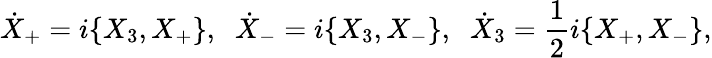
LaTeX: \dot{X}_{+}=i\{ X_{3},X_{+}\} ,\; \; \dot{X}_{-}=i\{ X_{3},X_{-}\} ,\; \; \dot{X}_{3}=\frac{1}{2}i\{ X_{+},X_{-}\} ,